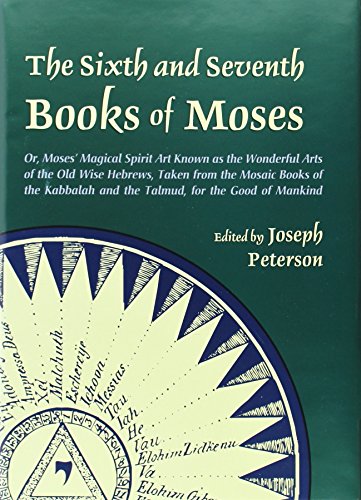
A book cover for The Sixth and Seventh Books of Moses; Religion & Spirituality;